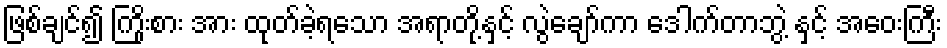
ဖြစ်ချင်၍ ကြိုးစား အား ထုတ်ခဲ့ရသော အရာတို့နှင့် လွဲချော်ကာ ဒေါက်တာဘွဲ့ နှင့် အဝေးကြီး